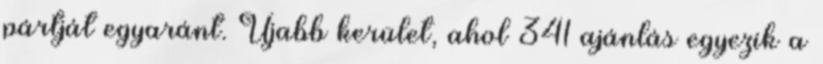
pártját egyaránt. Újabb kerület, ahol 341 ajánlás egyezik a